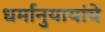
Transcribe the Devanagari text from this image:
धर्मानुयायांचे